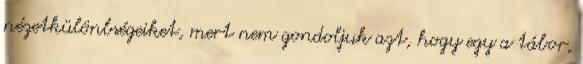
nézetkülönbségeiket, mert nem gondoljuk azt, hogy egy a tábor,